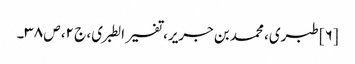
[۶] طبری، محمد بن جریر، تفسیر الطبری، ج ۲، ص ۳۸۔